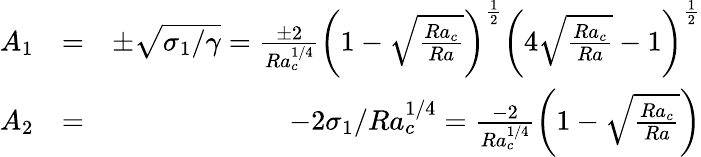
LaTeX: \begin{array}{rlr}{A_{1}}&{=}&{\pm\sqrt{\sigma_{1}/\gamma}=\frac{\pm 2}{Ra_{c}^{1/4}}\left(1-\sqrt{\frac{Ra_{c}}{Ra}}\right)^{\frac{1}{2}}\left(4\sqrt{\frac{Ra_{c}}{Ra}}-1\right)^{\frac{1}{2}}}\\ {A_{2}}&{=}&{-2\sigma_{1}/Ra_{c}^{1/4}=\frac{-2}{Ra_{c}^{1/4}}\left(1-\sqrt{\frac{Ra_{c}}{Ra}}\right)}\end{array}